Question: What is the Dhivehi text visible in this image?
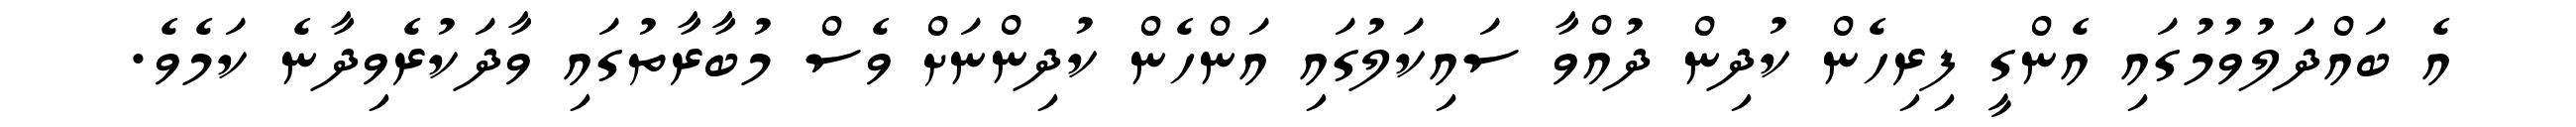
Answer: އެ ބައްދަލުވުމުގައި އެންގީ ފިރިހެން ކުދިން ދުއްވާ ސައިކަލުގައި އަންހެން ކުދިންނަށް ވެސް މުބާރާތުގައި ވާދަކުރެވިދާނެ ކަމެވެ.